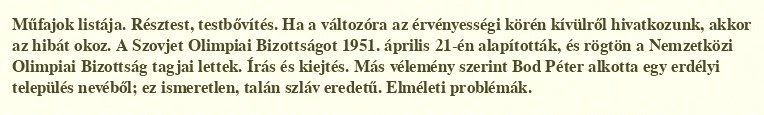
Műfajok listája. Résztest, testbővítés. Ha a változóra az érvényességi körén kívülről hivatkozunk, akkor az hibát okoz. A Szovjet Olimpiai Bizottságot 1951. április 21-én alapították, és rögtön a Nemzetközi Olimpiai Bizottság tagjai lettek. Írás és kiejtés. Más vélemény szerint Bod Péter alkotta egy erdélyi település nevéből; ez ismeretlen, talán szláv eredetű. Elméleti problémák.